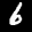
Label: 6